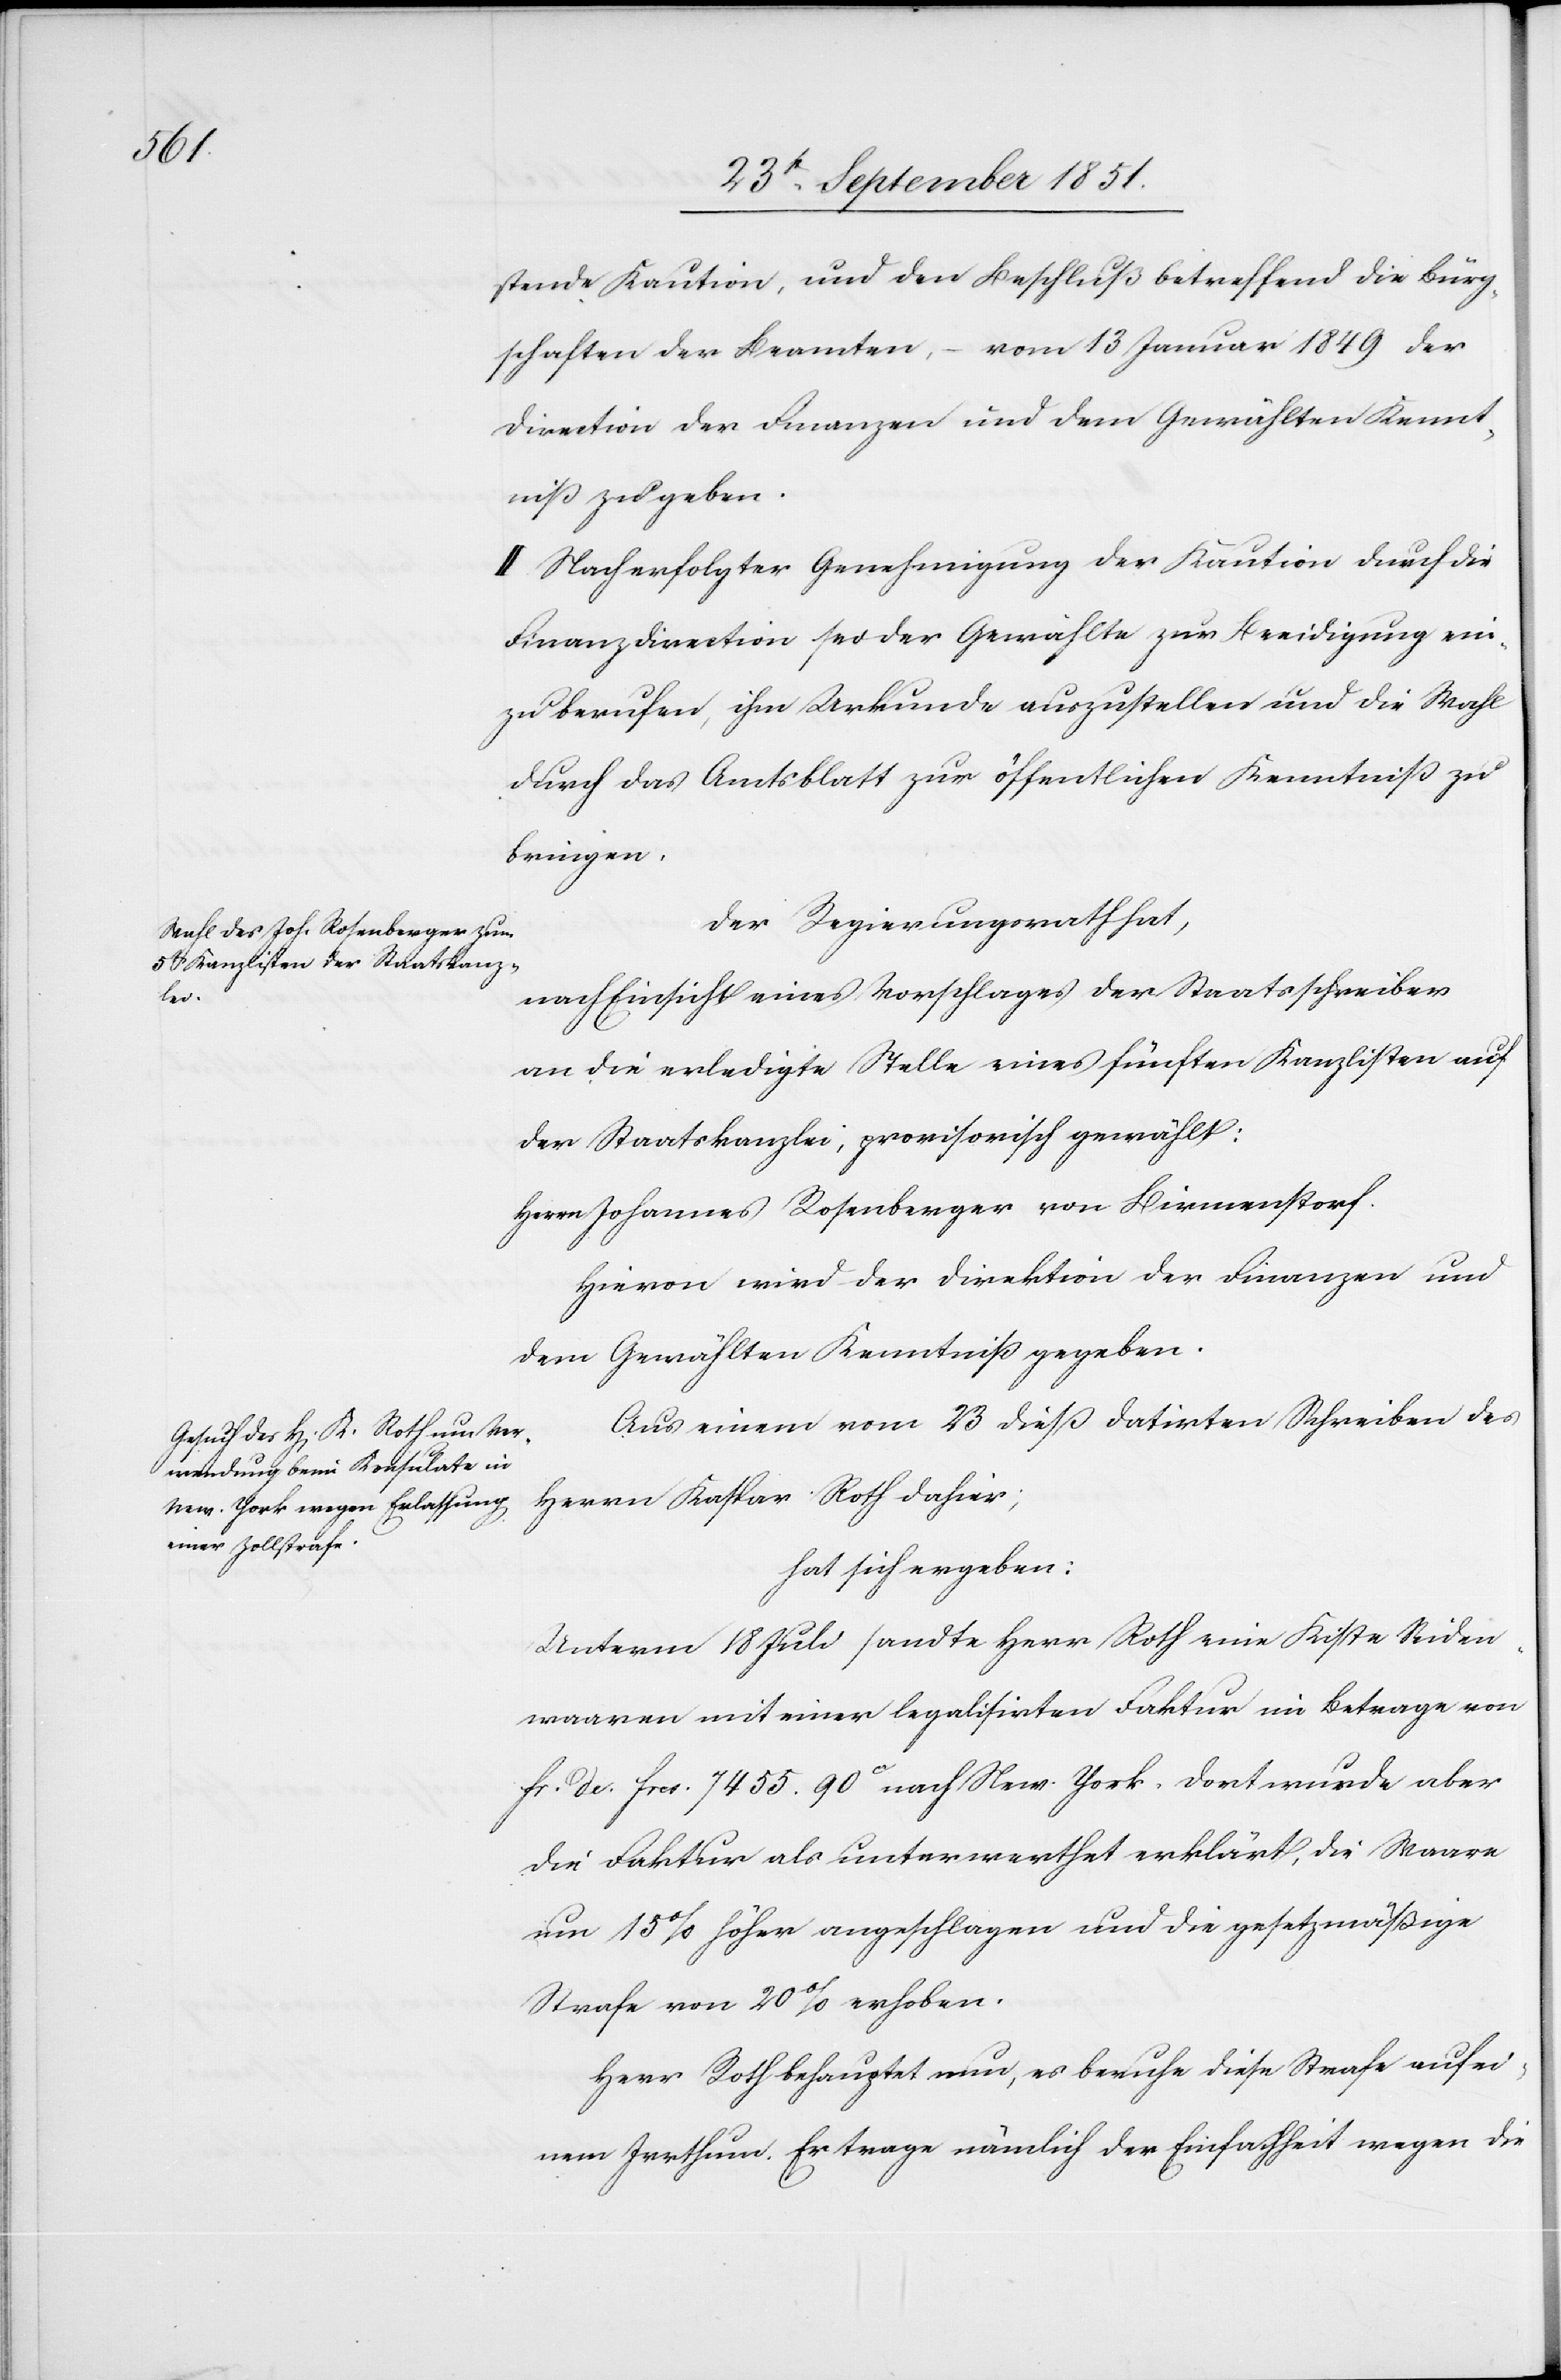
stende Kaution, und den Beschluß betreffend die Bürg¬
schaften der Beamten, – vom 13 Januar 1849 der
Direction der Finanzen und dem Gewählten Kennt¬
niß zu geben.
II. Nach erfolgter Genehmigung der Kaution durch die
Finanzdirection sei der Gewählte zur Beeidigung ein¬
zuberufen, ihm Urkunde auszustellen und die Wahl
durch das Amtsblatt zur öffentlichen Kenntniß zu
bringen.
Der Regierungsrath hat,
nach Einsicht eines Vorschlages der Staatsschreiber
an die erledigte Stelle eines fünften Kanzlisten auf
der Staatskanzlei, provisorisch gewählt:
Herrn Johannes Rosenberger von Birmenstorf.
Hievon wird der Direktion der Finanzen und
dem Gewählten Kenntniß gegeben.
Aus einem vom 23 dieß datirten Schreiben des
Herrn Kaspar Roth dahier;
hat sich ergeben:
Unterm 18 Juli sandte Herr Roth eine Kiste Seiden¬
waaren mit einer legalisirten Faktur im Betrage von
fr. de. frcs. 7455. 90ct nach New-York. Dort wurde aber
die Faktur als unterwerthet erklärt, die Waare
um 15% höher angeschlagen und die gesetzmäßige
Strafe von 20% erhoben.
Herr Roth behauptet nun, es beruhe diese Strafe auf ei¬
nem Irrthum. Er trage nämlich der Einfachheit wegen die